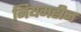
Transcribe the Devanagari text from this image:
नियमहीन